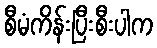
စီမံကိန်းပြီးစီးပါက